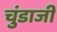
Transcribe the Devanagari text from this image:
चुंडाजी